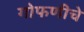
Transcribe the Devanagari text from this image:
गोफणीचे